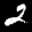
Label: 2